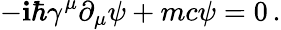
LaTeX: -\mathbf{i}\hbar\gamma^{\mu}\partial_{\mu}\psi+mc\psi=0\, .